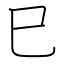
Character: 巳